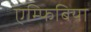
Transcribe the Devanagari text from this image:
एम्फिबिया